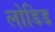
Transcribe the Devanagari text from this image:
लोडिड